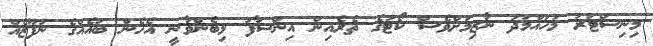
މިނިސްޓަރު މުހައްމަދު ނާޒިމަށްވެސް ކޯޓުގެ ތެރެއިން އިންސާފު ލިބެންވާނީ އެހެން ބައެއްގެ ނުފޫޒެއް